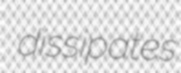
dissipates